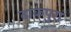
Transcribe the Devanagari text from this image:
ढाकपुरा